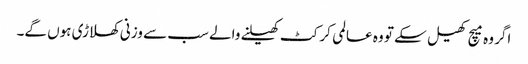
اگر وہ میچ کھیل سکے تو وہ عالمی کرکٹ کھیلنے والے سب سے وزنی کھلاڑی ہوں گے۔